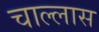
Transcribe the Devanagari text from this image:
चाल्लास